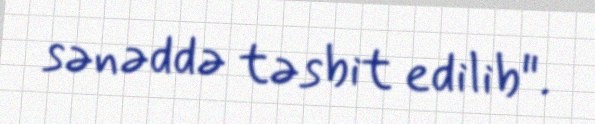
sənəddə təsbit edilib".